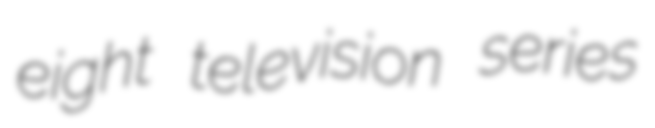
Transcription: eight television series